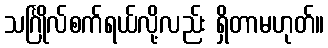
သင်္ဂြိုလ်စက်ရယ်လို့လည်း ရှိတာမဟုတ်။